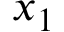
x _ { 1 }